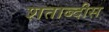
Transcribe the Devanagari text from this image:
शताब्दीस